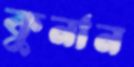
কুনান